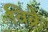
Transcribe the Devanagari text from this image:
विक्रे